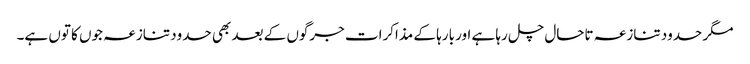
مگر حدود تنازعہ تاحال چل رہا ہے اور بارہا کے مذاکرات جرگوں کے بعد بھی حدود تنازعہ جوں کا توں ہے۔